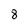
Character: 8